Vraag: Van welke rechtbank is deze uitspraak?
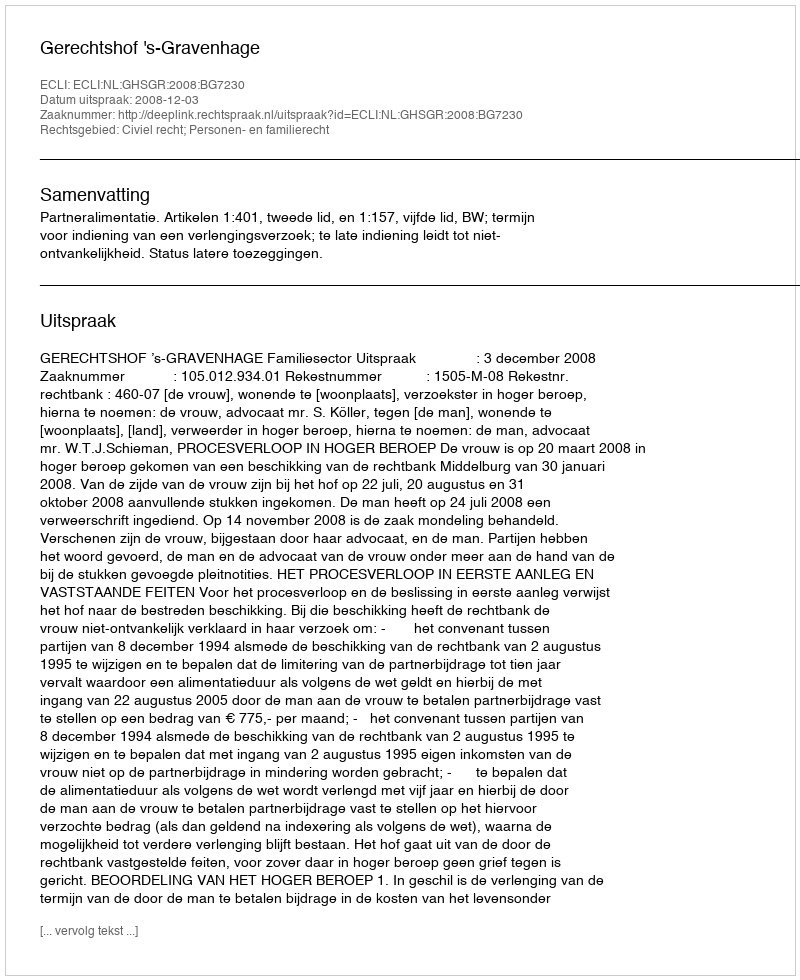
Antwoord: Gerechtshof 's-Gravenhage